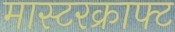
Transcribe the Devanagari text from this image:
मास्टरक्राफ्ट